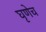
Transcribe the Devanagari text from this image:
घृणेच